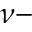
\nu -